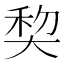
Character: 𰋥